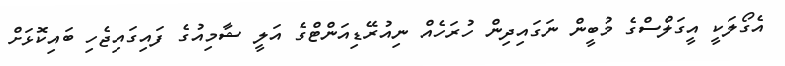
އެގޯލަކީ އީގަލްސްގެ މުބީން ނަގައިދިން ހުރަހެއް ނިއުރޭޑިއަންޓްގެ އަލީ ޝާމިއުގެ ފައިގައިޖެހި ބައިކޮޅަށް